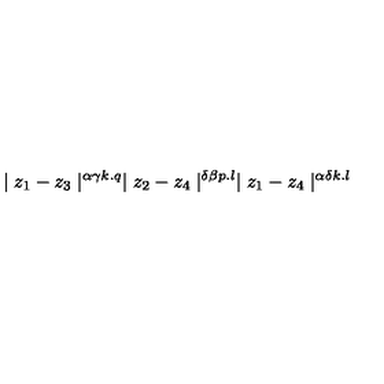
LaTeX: \mid z _ { 1 } - z _ { 3 } \mid ^ { \alpha \gamma k . q } \mid z _ { 2 } - z _ { 4 } \mid ^ { \delta \beta p . l } \mid z _ { 1 } - z _ { 4 } \mid ^ { \alpha \delta k . l }